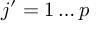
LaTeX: j ^ { \prime } = 1 \ldots p